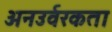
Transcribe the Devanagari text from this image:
अनउर्वरकता